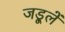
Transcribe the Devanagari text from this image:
जड़ूलें